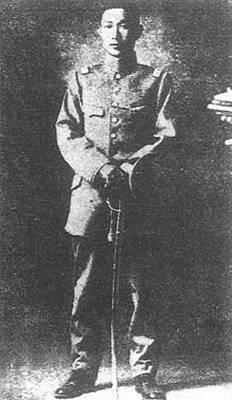
死亦我所恶，所恶有甚于死者，故患有所不辟也。